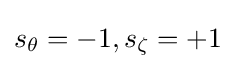
s_{\theta }=-1,s_{\zeta }=+1